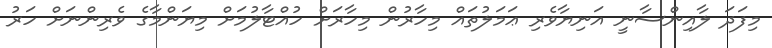
މިފަދަ ލާއިންސާނީ އަނިޔާވެރި ޢަމަލުތައް މިހާރުން މިހާރަށް ހުއްޓާލުމަށް މިޔަންމާގެ ވެރިންނަށް ހަރު